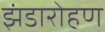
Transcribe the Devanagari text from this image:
झंडारोहण